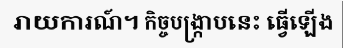
រាយការណ៍។ កិច្ចបង្ក្រាបនេះ ធ្វើឡើង